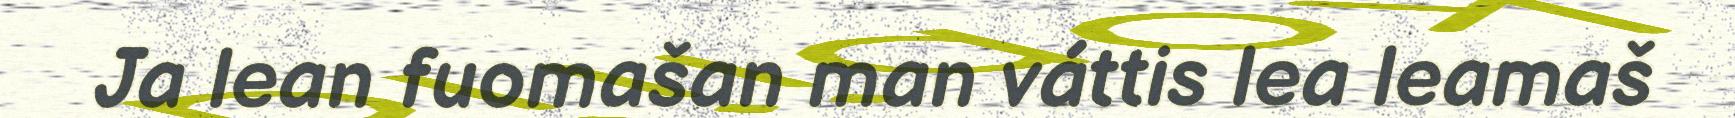
Ja lean fuomašan man váttis lea leamaš